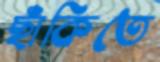
ছাঁকিতে